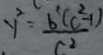
y ^ { 2 } = \frac { b ^ { 2 } ( c ^ { 2 } - 1 ) } { c ^ { 2 } }